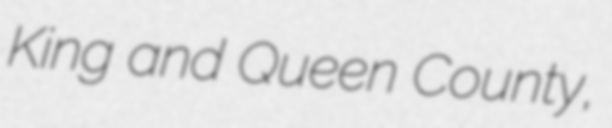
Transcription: King and Queen County,